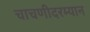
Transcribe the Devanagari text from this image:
चाचणीदरम्यान